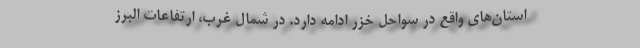
استان‌های واقع در سواحل خزر ادامه دارد. در شمال غرب، ارتفاعات البرز